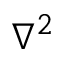
\nabla ^ { 2 }